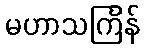
မဟာသင်္ကြန်